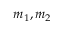
m _ { 1 } , m _ { 2 }